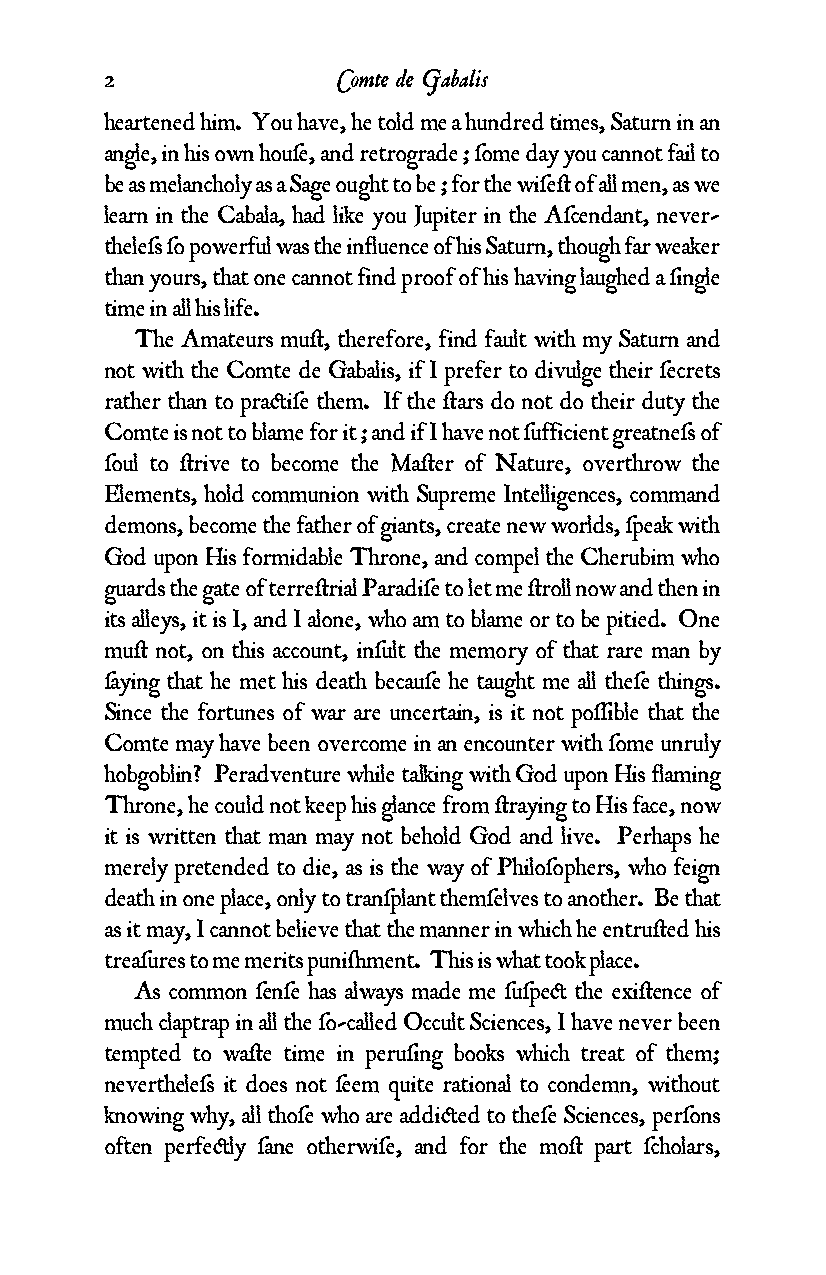
2              Comte de Gabalis
 heartened him. You have, he told me a hundred times, Saturn in an
 angle, in his own houƒe, and retrograde ; ƒome day you cannot fail to
 be as melancholy as a Sage ought to be ; for the wiƒe¥ of all men, as we
 learn in the Cabala, had like you Jupiter in the Aƒcendant, never-
 theleƒs ƒo powerful was the influence of his Saturn, though far weaker
 than yours, that one cannot find proof of his having laughed a ƒingle
 time in all his life.
 The Amateurs mu¥, therefore, find fault with my Saturn and
 not with the Comte de Gabalis, if I prefer to divulge their ƒecrets
 rather than to pra¢iƒe them. If the ¥ars do not do their duty the
 Comte is not to blame for it ; and if I have not ƒufficient greatneƒs of
 ƒoul to ¥rive to become the Ma¥er of Nature, overthrow the
 Elements, hold communion with Supreme Intelligences, command
 demons, become the father of giants, create new worlds, ƒpeak with
 God upon His formidable Throne, and compel the Cherubim who
 guards the gate of terre¥rial Paradiƒe to let me ¥roll now and then in
 its alleys, it is I, and I alone, who am to blame or to be pitied. One
 mu¥ not, on this account, inƒult the memory of that rare man by
 ƒaying that he met his death becauƒe he taught me all theƒe things.
 Since the fortunes of war are uncertain, is it not poƒƒible that the
 Comte may have been overcome in an encounter with ƒome unruly
 hobgoblin? Peradventure while talking with God upon His flaming
 Throne, he could not keep his glance from ¥raying to His face, now
 it is written that man may not behold God and live. Perhaps he
 merely pretended to die, as is the way of Philoƒophers, who feign
 death in one place, only to tranƒplant themƒelves to another. Be that
 as it may, I cannot believe that the manner in which he entru¥ed his
 treaƒures to me merits puni¬ment. This is what took place.
 As common ƒenƒe has always made me ƒuƒpe¢ the exi¥ence of
 much claptrap in all the ƒo-called Occult Sciences, I have never been
 tempted to wa¥e time in peruƒing books which treat of them;
 nevertheleƒs it does not ƒeem quite rational to condemn, without
 knowing why, all thoƒe who are addi¢ed to theƒe Sciences, perƒons
 often perfe¢ly ƒane otherwiƒe, and for the mo¥ part ƒcholars,